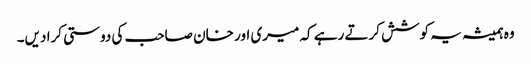
وہ ہمیشہ یہ کوشش کرتے رہے کہ میری اور خان صاحب کی دوستی کرا دیں۔